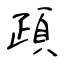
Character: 頙